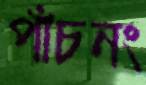
পাঁচনং